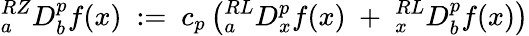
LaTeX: {}_{a}^{RZ}D_{b}^{p}f(x)~:=~c_{p}\left({}_{a}^{RL}D_{x}^{p}f(x)~+~{}_{x}^{RL}D_{b}^{p}f(x)\right)